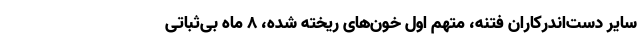
سایر دست‌اندرکاران فتنه، متهم اول خون‌های ریخته شده، 8 ماه بی‌ثباتی